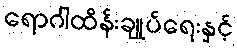
ရောဂါထိန်းချုပ်ရေးနှင့်